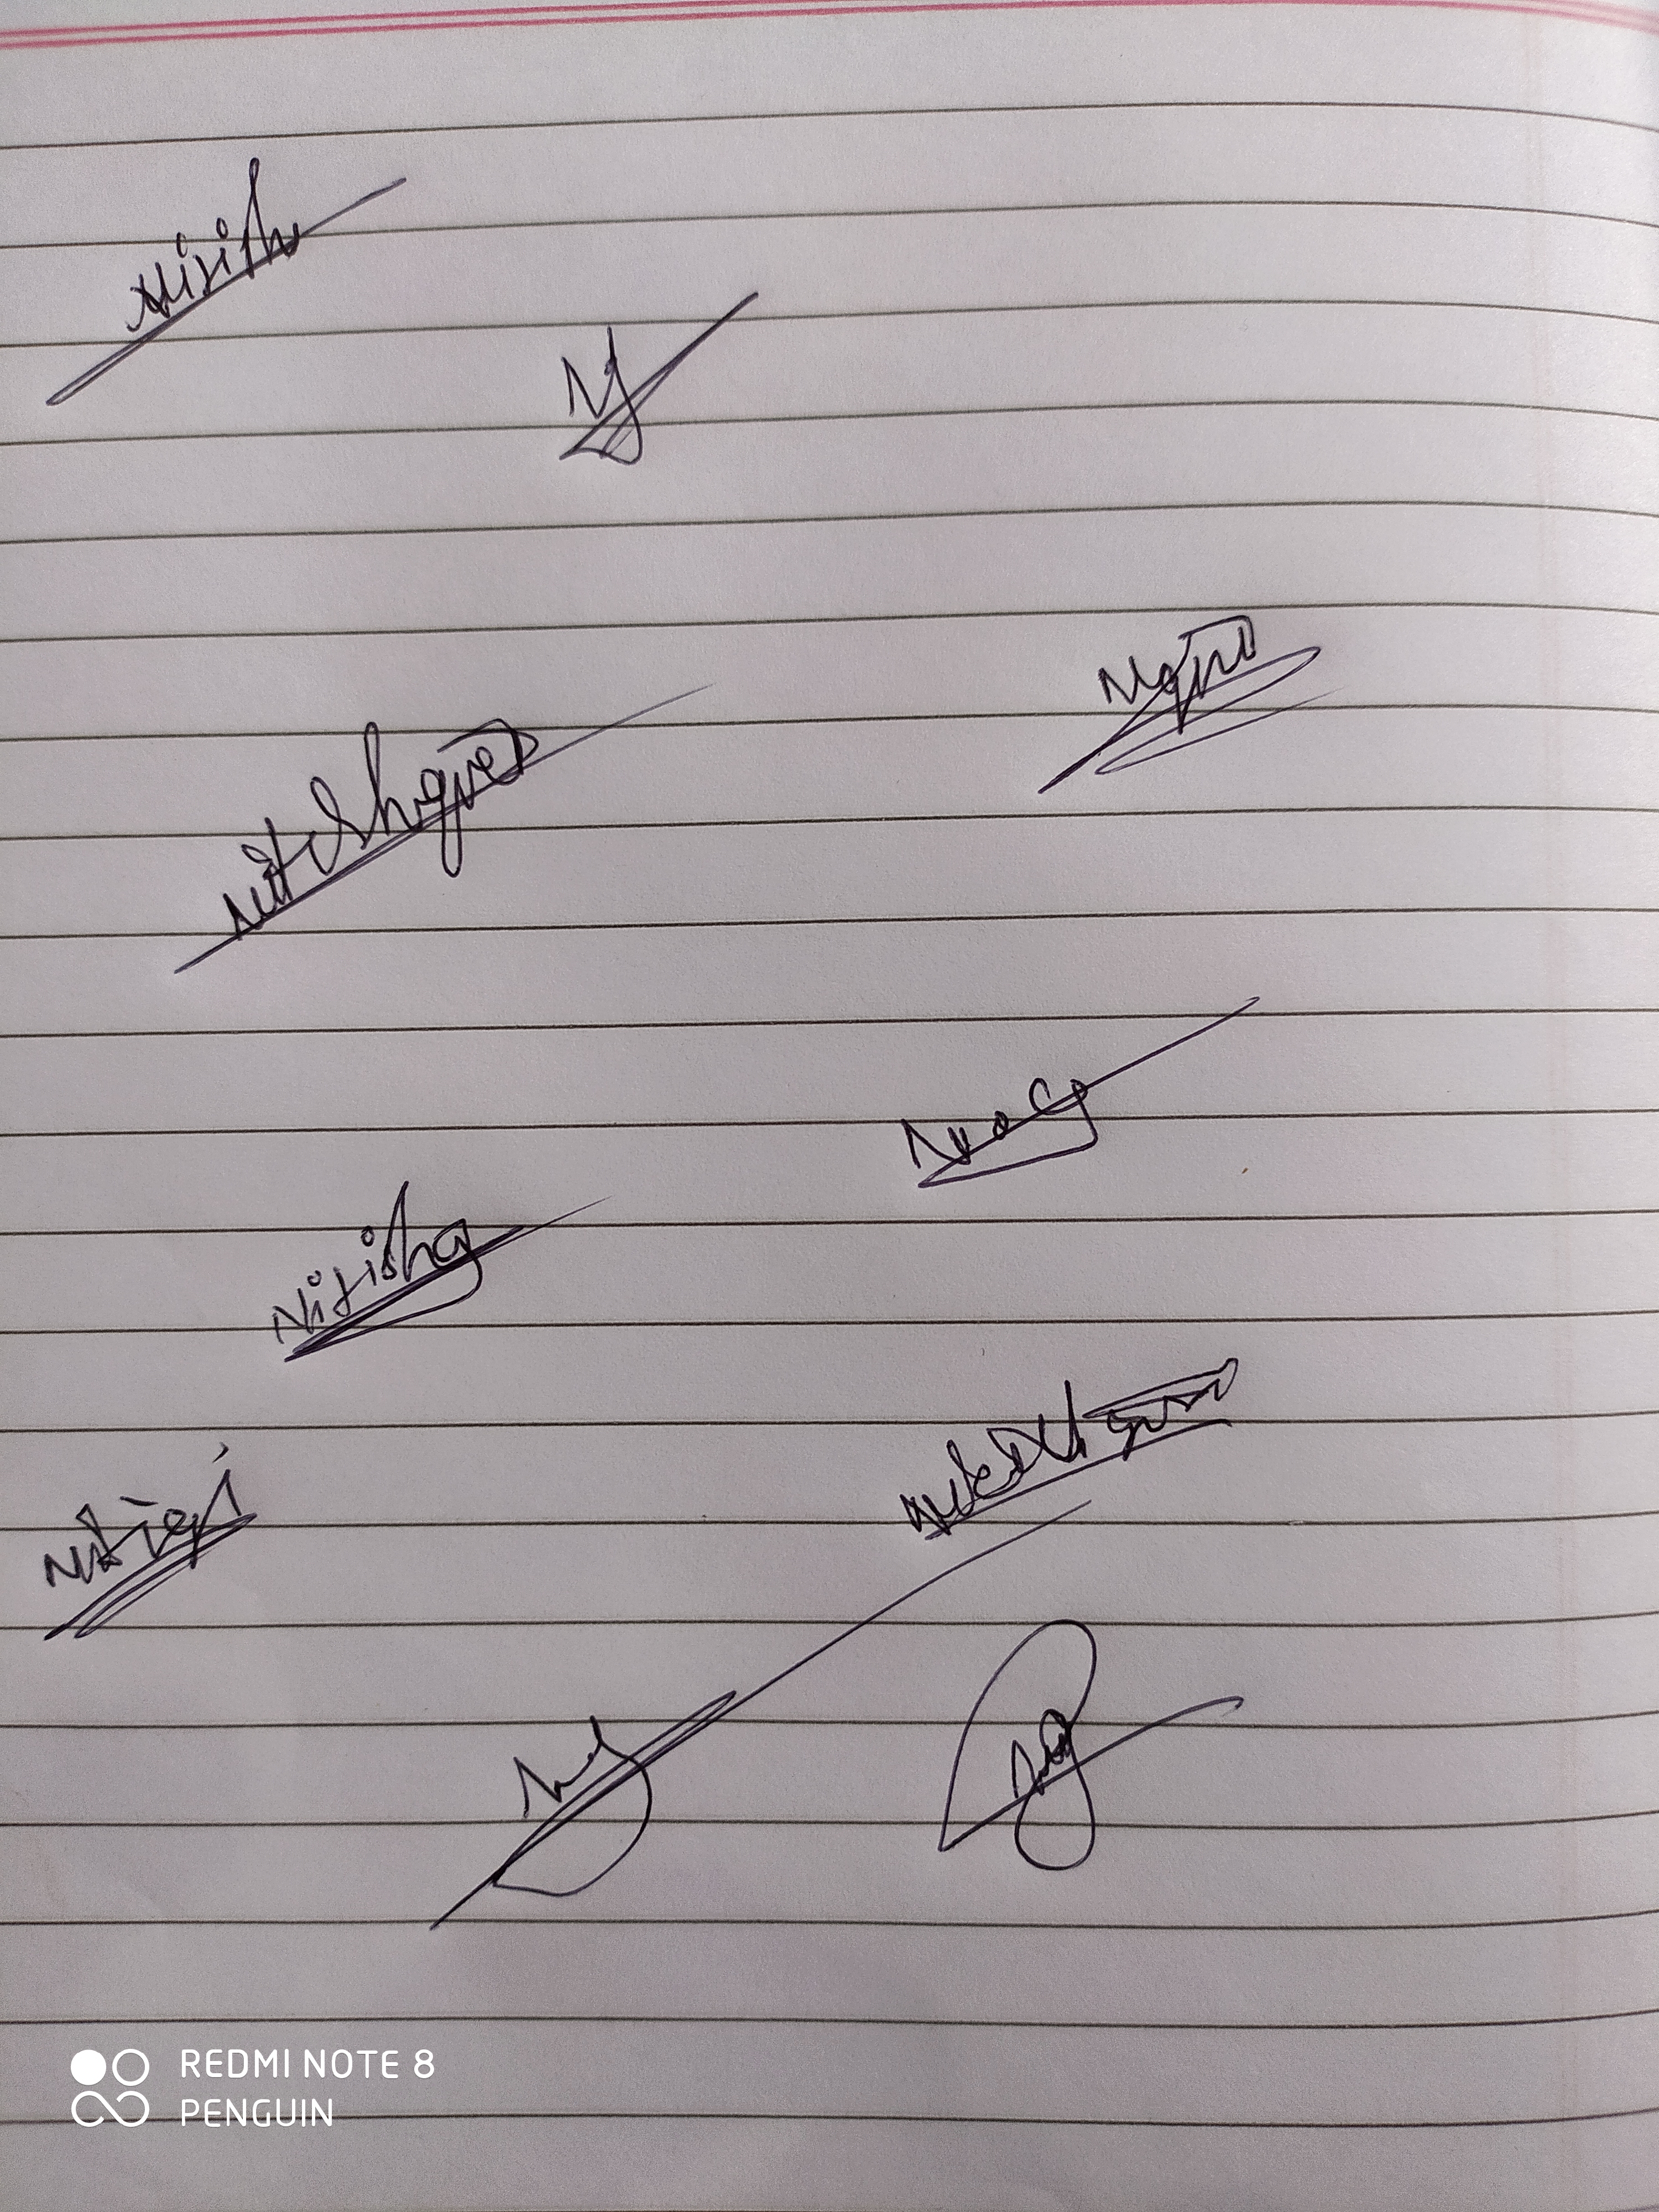
Signature authenticity: genuine